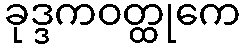
ခုဒ္ဒကဝတ္ထုကေ